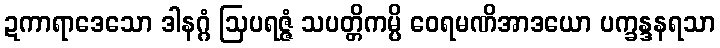
ဍကာရာဒေသော ဒါနဂ္ဂံ ဩပရဇ္ဇံ သပတ္တိကမ္ပိ ဝေရမဏိအာဒယော ပက္ခန္ဒနရသာ